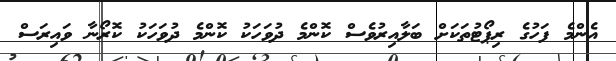
އެންމެ ފަހުގެ ރިޕޯޓުތަކަށް ބަލާއިރުވެސް ކޮންމެ ދުވަހަކު ކޮންމެ ދުވަހަކު ކޮރޯނާ ވައިރަސް